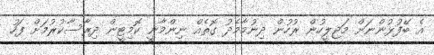
އެ ބޭފުޅުންނަށް މަޖިލީހުން ރުހުން ދިނުމާމެދު ގޮތެއް ނިންމާނީ ކޮމިޓީން ދިރާސާކުރުމަށް ފަހު